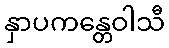
နှာပကန္တေဝါသီ